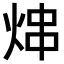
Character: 𬊑